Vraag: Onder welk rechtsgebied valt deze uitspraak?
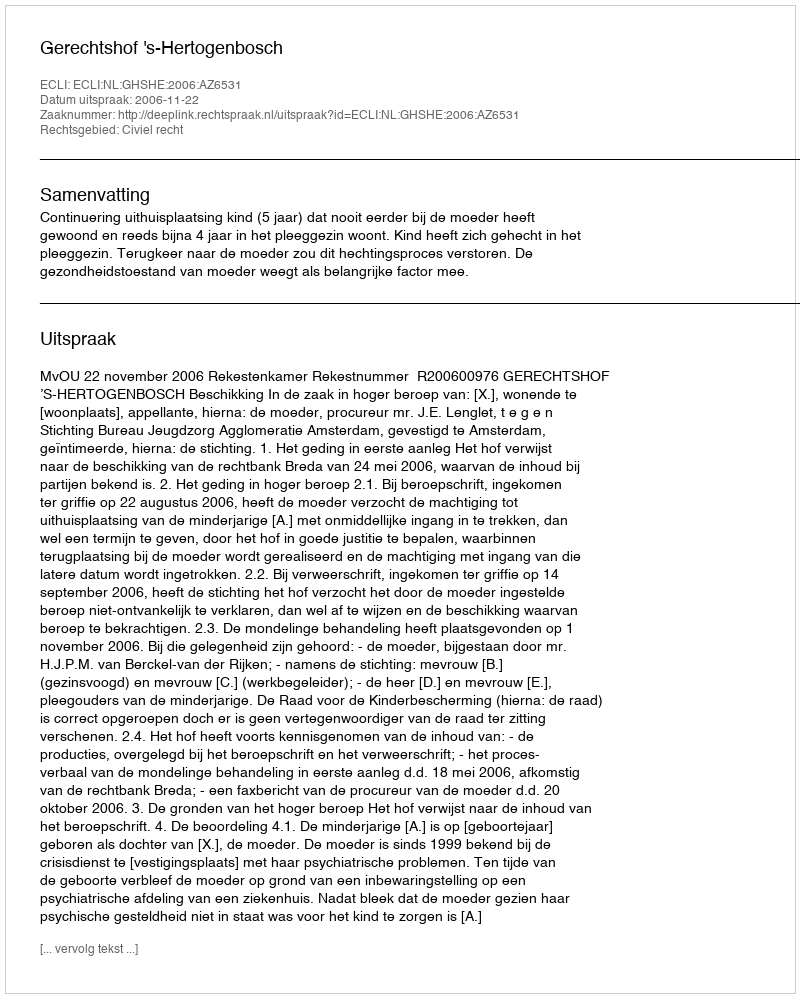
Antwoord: Civiel recht